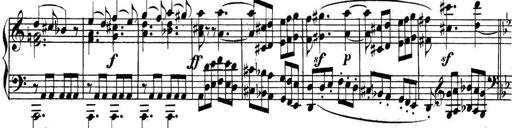
Title: Collected Piano Sonatas
Composer: Muzio Clementi